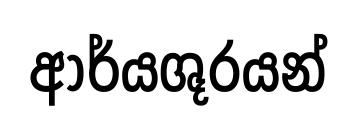
ආර්යශූරයන්